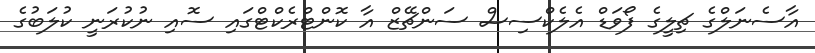
އާސެނަލްގެ ޗިލީގެ ފޯވަޑް އެލެކްސިސް ސަންޗޭޒް އާ ކޮންޓްރެކްޓްގައި ސޮއި ނުކުރަނީ ކުލަބުގެ